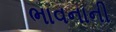
ભાવનાની